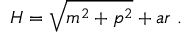
H = \sqrt { m ^ { 2 } + p ^ { 2 } } + a r \ .